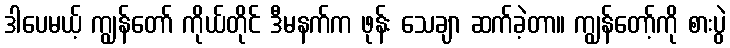
ဒါပေမယ့် ကျွန်တော် ကိုယ်တိုင် ဒီမနက်က ဖုန်း သေချာ ဆက်ခဲ့တာ။ ကျွန်တော့်ကို စားပွဲ